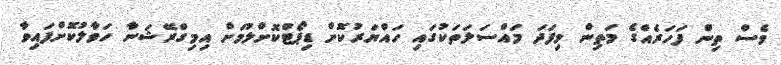
ވެސް ތިން ފަހަރެއްގެ މަތިން މިފަދަ މައްސަލަތަކުގައި ހައްޔަރުކޮށް ޑިޕޯޓްކޮށްލުމަށް އިމިގްރޭޝަނާ ހަވާލުކޮށްފައިވާ